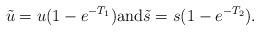
LaTeX: \begin{align*}\tilde u=u(1-e^{-T_1})\mbox{and}\tilde s=s(1-e^{-T_2}).\end{align*}